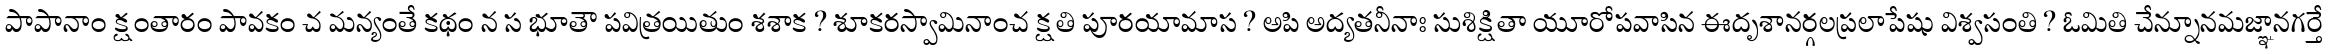
పాపానాం క్షంతారం పావకం చ మన్యంతే కథం న స భూతౌ పవిత్రయితుం శశాక ? శూకరస్వామినాంచ క్షతి పూరయామాస ? అపి అద్యతనీనాః సుశిక్షితా యూరోపవాసిన ఈదృశానర్గలప్రలాపేషు విశ్వసంతి ? ఓమితి చేన్నూనమజ్ఞానగర్తే